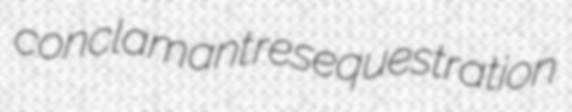
conclamant resequestration